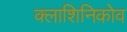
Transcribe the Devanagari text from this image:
क्लाशिनिकोव